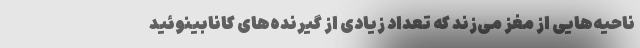
ناحیه‌هایی از مغز می‌زند که تعداد زیادی از گیرنده‌های کانابینوئید